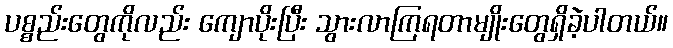
ပစ္စည်းတွေကိုလည်း ကျောပိုးပြီး သွားလာကြရတာမျိုးတွေရှိခဲ့ပါတယ်။